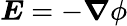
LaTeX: {\boldsymbol{E}}=-{\boldsymbol{\nabla}}\phi